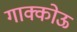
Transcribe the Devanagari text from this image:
गाक्कोऊ